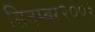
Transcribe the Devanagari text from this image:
सितम्बर२००३